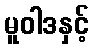
မူဝါဒနှင့်